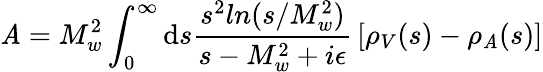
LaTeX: \mathit{A}=M_{w}^{2}\int_{0}^{\infty}\mathrm{d}s{\frac{{s^{2}ln(s/M_{w}^{2})}}{{s-M_{w}^{2}+i\epsilon}}}\left[\rho_{V}(s)-\rho_{\mathit{A}}(s)\right]